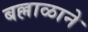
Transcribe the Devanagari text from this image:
बल्लाळाने